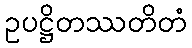
ဥပဋ္ဌိတဿတိတံ